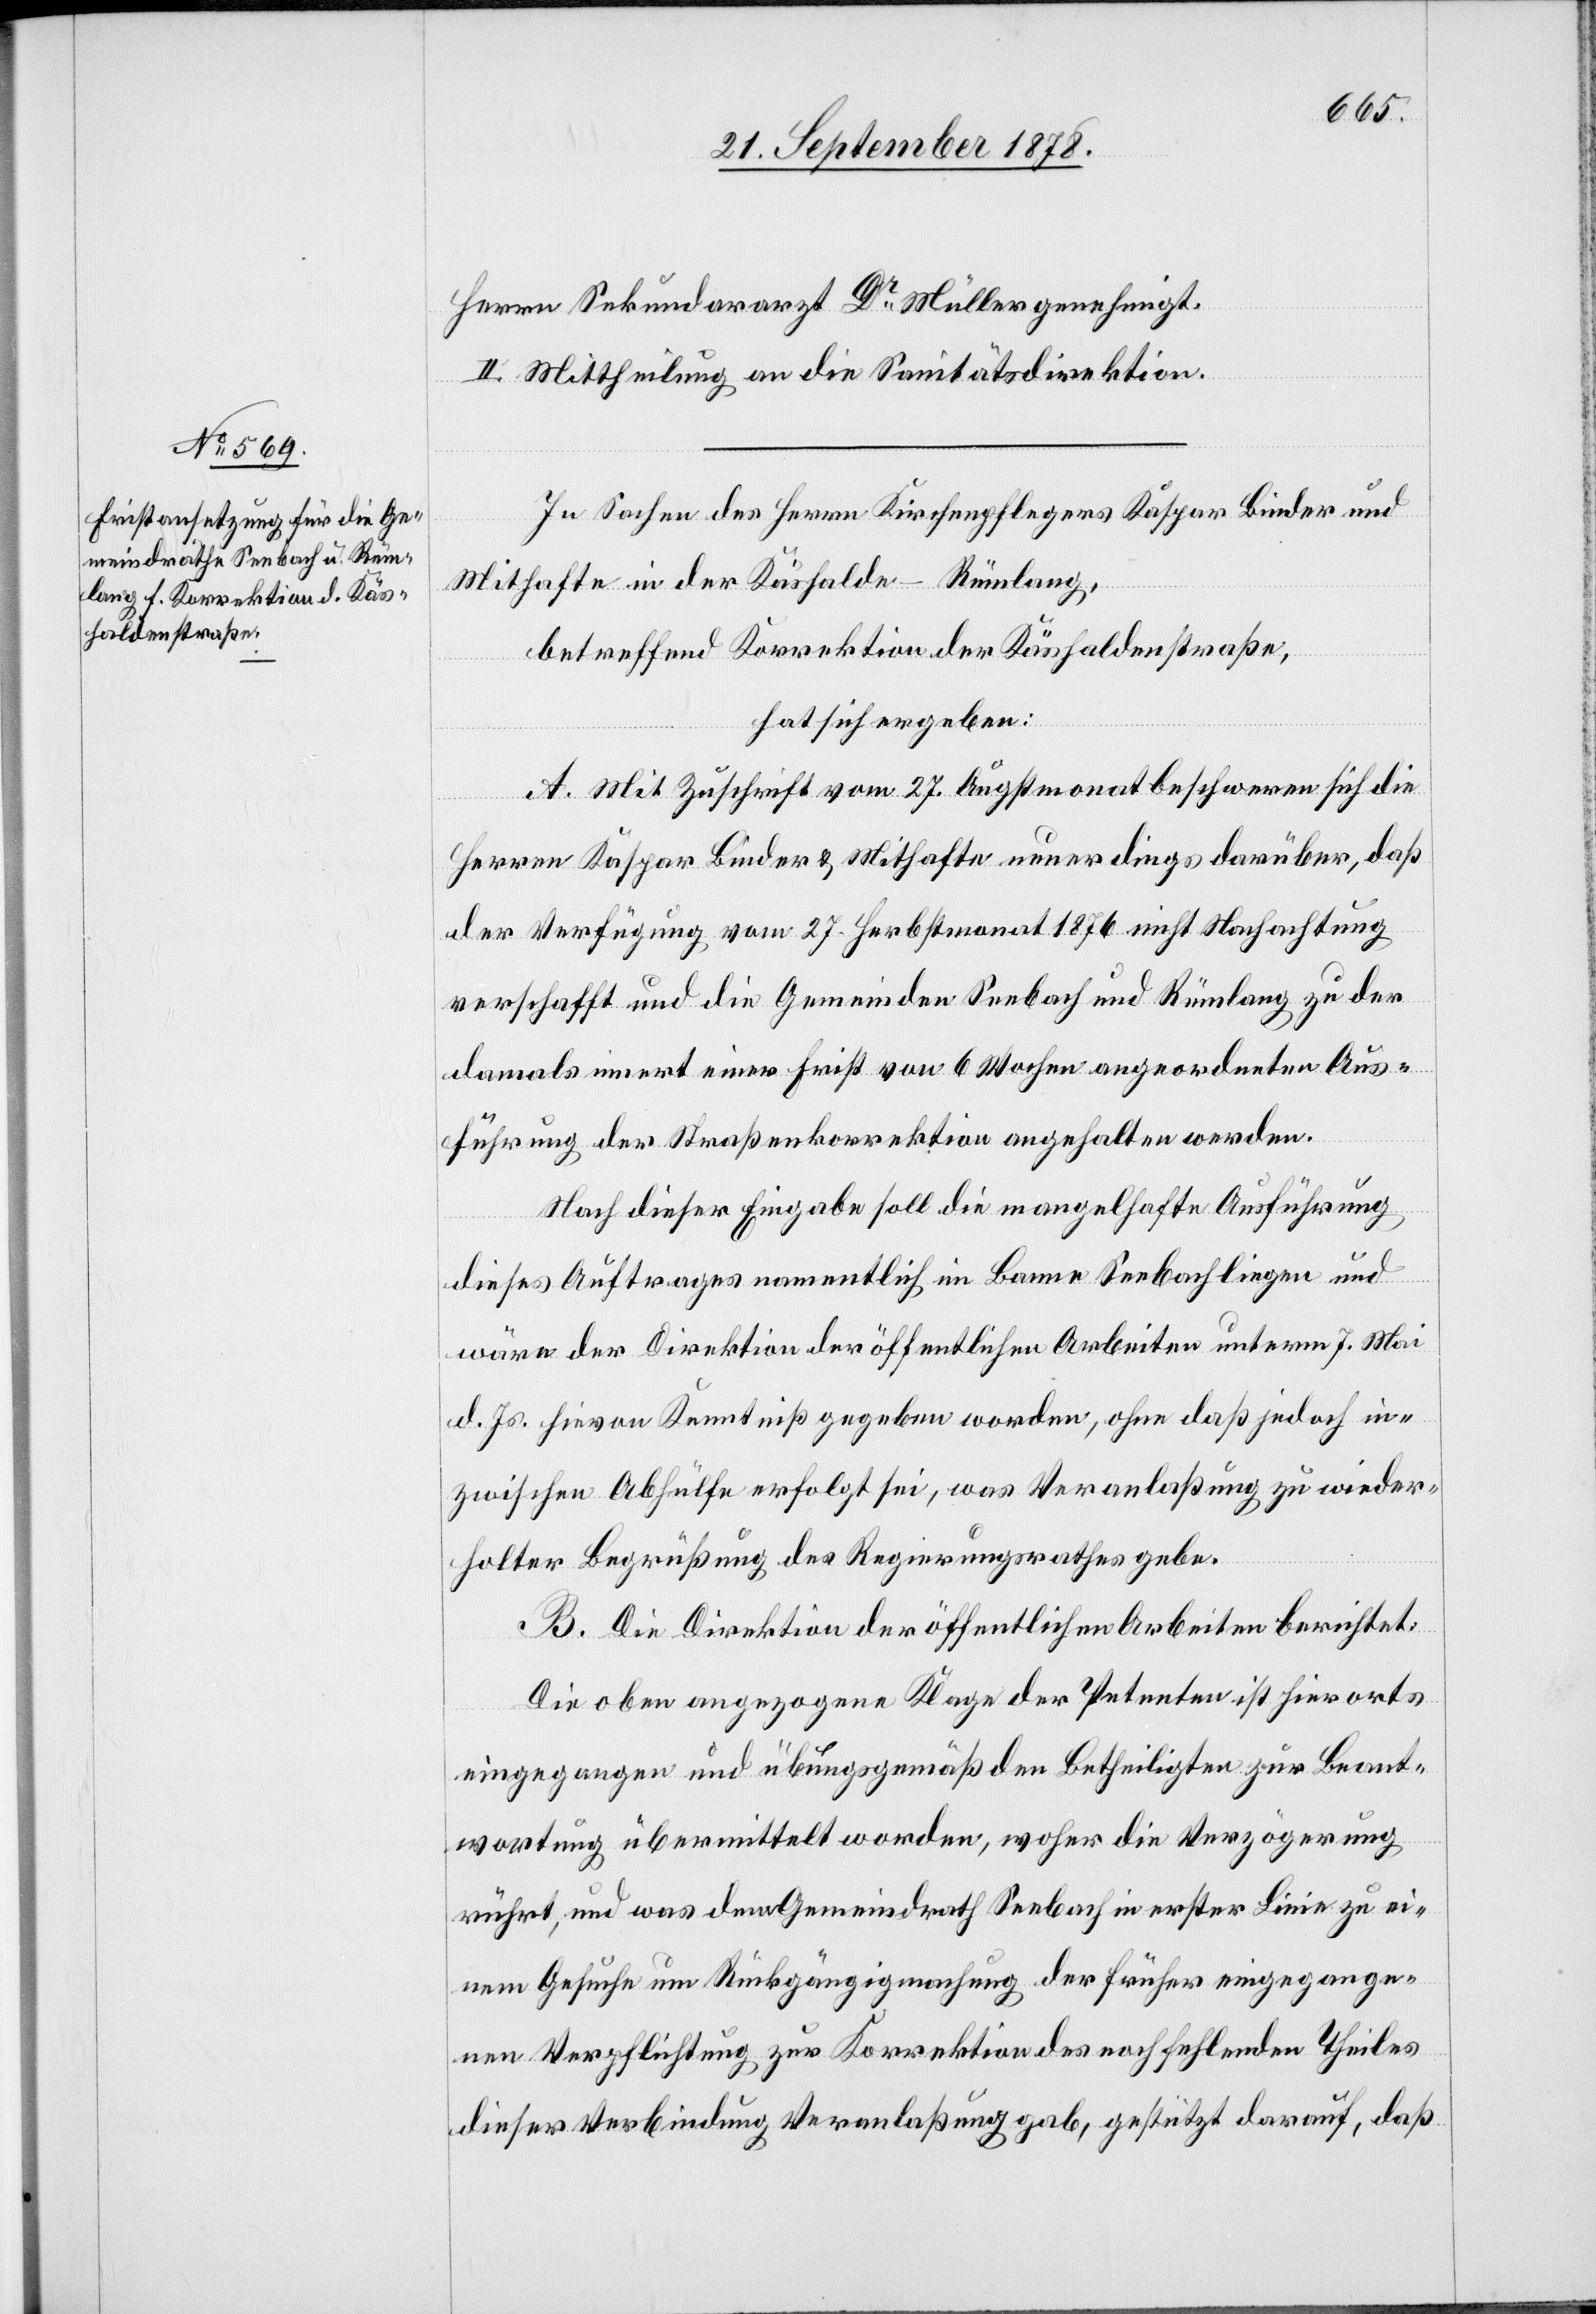
Herrn Sekundararzt Dr Müller genehmigt.
II. Mittheilung an die Sanitätsdirektion.
In Sachen des Herrn Kirchenpflegers Kaspar Binder und
Mithafte in der Käshalde - Rümlang,
betreffend Korrektion der Käshaldenstraße,
hat sich ergeben:
A. Mit Zuschrift vom 27. Augstmonat beschweren sich die
Herren Kaspar Binder & Mithafte neuerdings darüber, daß
der Verfügung vom 27. Herbstmonat 1876 nicht Nachachtung
verschafft und die Gemeinden Seebach und Rümlang zu der
damals innert einer Frist von 6 Wochen angeordneten Aus¬
führung der Straßenkorrektion angehalten werden.
Nach dieser Eingabe soll die mangelhafte Ausführung
dieses Auftrages namentlich im Banne Seebach liegen und
wäre der Direktion der öffentlichen Arbeiten unterm 7. Mai
d. Js. hievon Kenntniß gegeben worden, ohne daß jedoch in¬
zwischen Abhülfe erfolgt sei, was Veranlaßung zu wieder¬
holter Begrüßung des Regierungsrathes gebe.
B. Die Direktion der öffentlichen Arbeiten berichtet:
Die oben angezogene Klage der Petenten ist hierorts
eingegangen und übungsgemäß den Betheiligten zur Beant¬
wortung übermittelt worden, woher die Verzögerung
rührt, und was dem Gemeindrath Seebach in erster Linie zu ei¬
nem Gesuche um Rückgängigmachung der früher eingegange¬
nen Verpflichtung zur Korrektion des noch fehlenden Theiles
dieser Verbindung Veranlaßung gab, gestützt darauf, daß